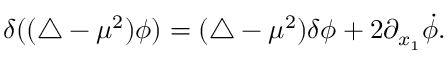
\delta ( ( \triangle - \mu ^ { 2 } ) \phi ) = ( \triangle - \mu ^ { 2 } ) \delta \phi + 2 \partial _ { x _ { 1 } } \dot { \phi } .